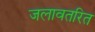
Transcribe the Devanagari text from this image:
जलावतरित